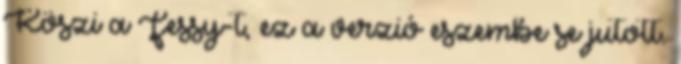
Köszi a Fessy-t, ez a verzió eszembe se jutott.